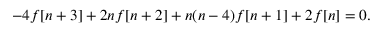
- 4 f [ n + 3 ] + 2 n f [ n + 2 ] + n ( n - 4 ) f [ n + 1 ] + 2 f [ n ] = 0 .